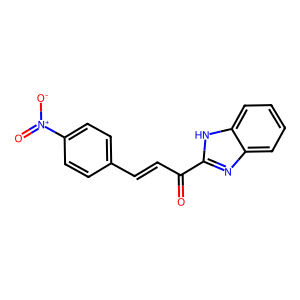
SMILES: O=C(C=Cc1ccc([N+](=O)[O-])cc1)c1nc2ccccc2[nH]1
Inhibits HIV replication: No